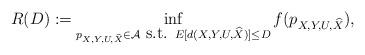
LaTeX: \begin{align*}R(D) := \inf_{p_{X,Y,U,\widehat{X}} \in \mathcal{A} \mbox{ s.t. } E[d(X,Y,U,\widehat{X})] \leq D} f(p_{X,Y,U,\widehat{X}}),\end{align*}